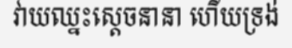
វាយឈ្នះស្តេចនានា ហើយទ្រង់